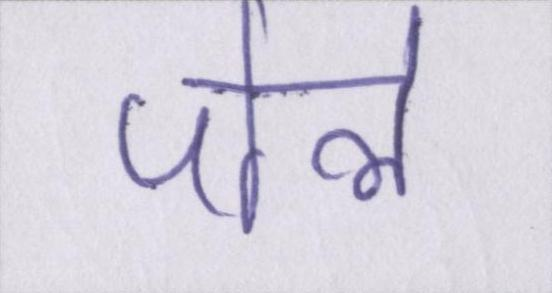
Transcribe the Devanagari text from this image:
पोले